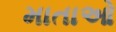
માતાઓ